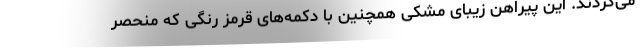
می‌کردند. این پیراهن زیبای مشکی همچنین با دکمه‌های قرمز رنگی که منحصر